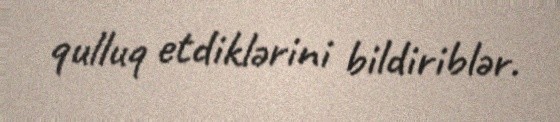
qulluq etdiklərini bildiriblər.